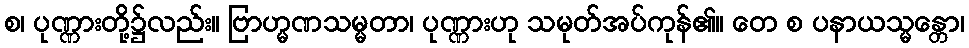
စ၊ ပုဏ္ဏားတို့၌လည်း။ ဗြာဟ္မဏသမ္မတာ၊ ပုဏ္ဏားဟု သမုတ်အပ်ကုန်၏။ တေ စ ပနာယသ္မန္တော၊